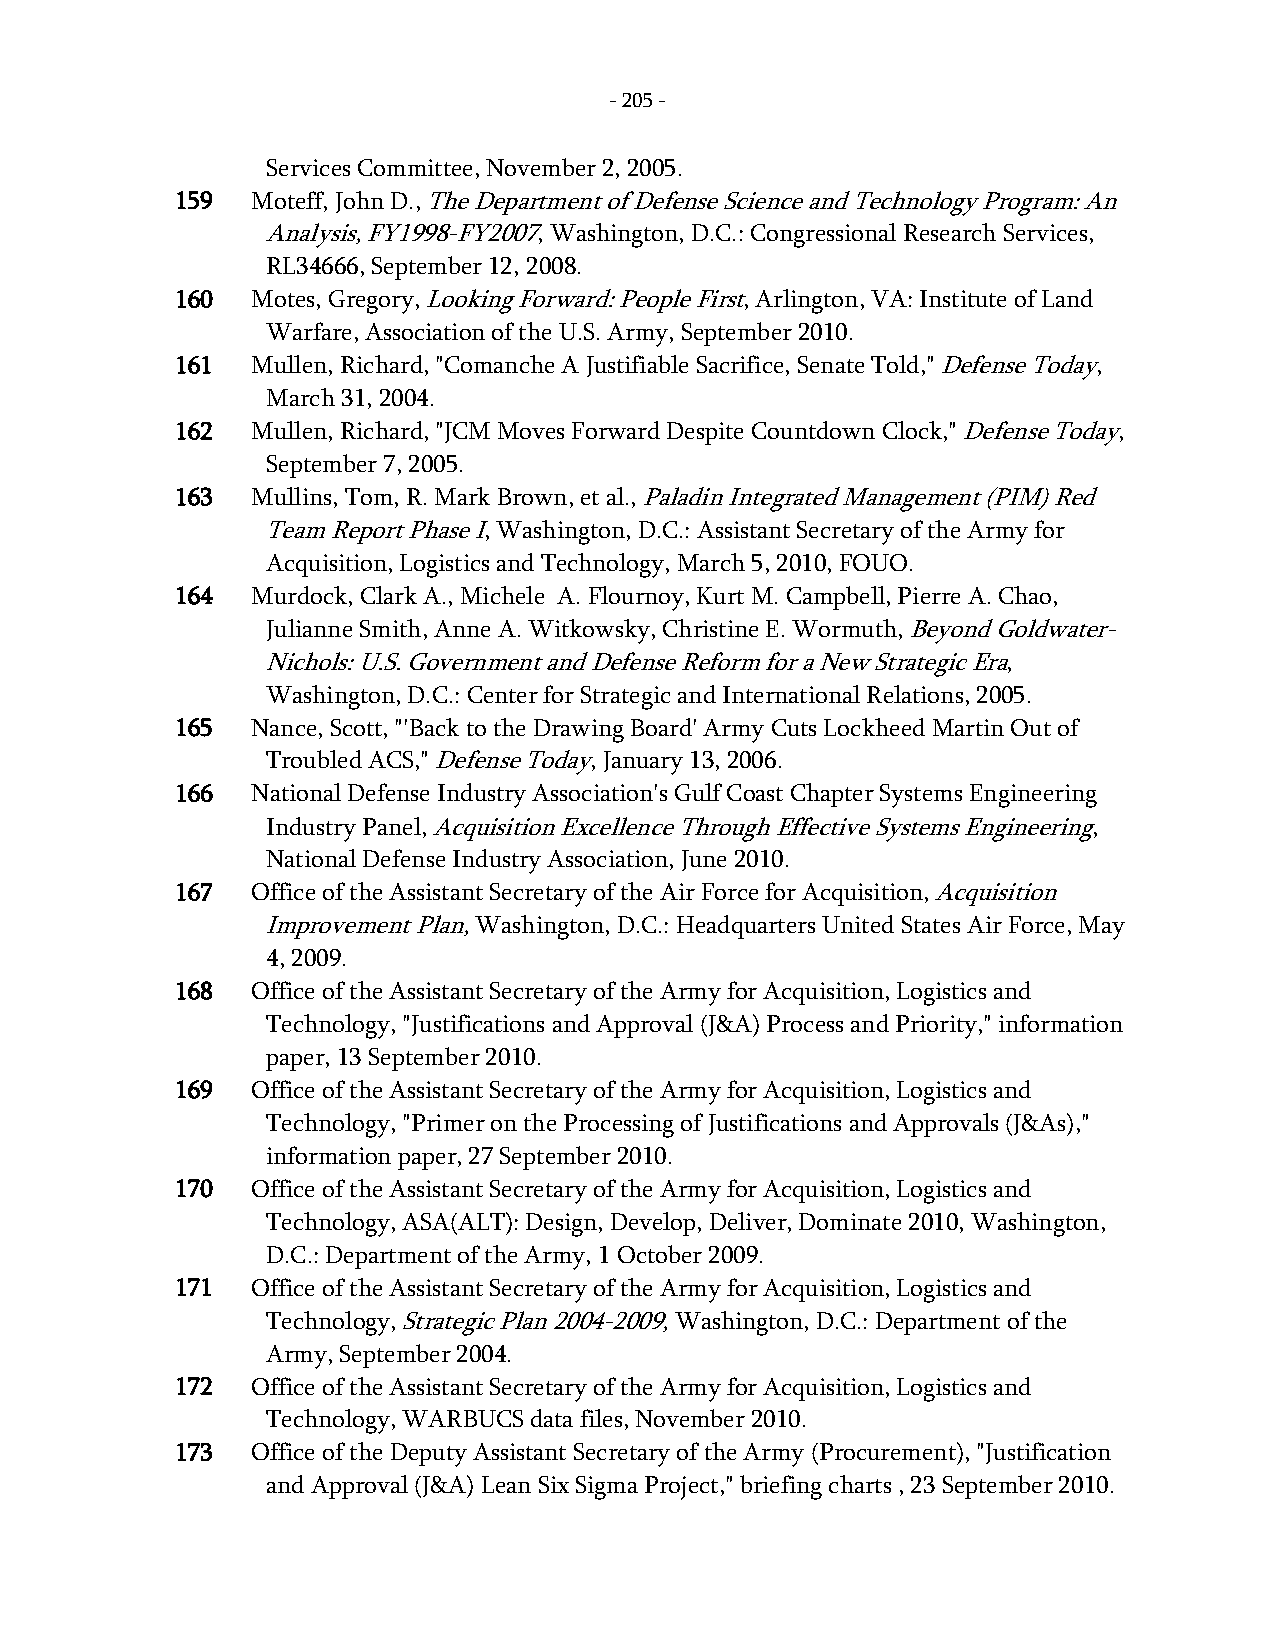
- 205 -
 Services Committee, November 2, 2005.
 159  Moteff, John D., The Department of Defense Science and Technology Program: An
 Analysis, FY1998-FY2007, Washington, D.C.: Congressional Research Services,
 RL34666, September 12, 2008.
 160  Motes, Gregory, Looking Forward: People First, Arlington, VA: Institute of Land
 Warfare, Association of the U.S. Army, September 2010.
 161  Mullen, Richard, "Comanche A Justifiable Sacrifice, Senate Told," Defense Today,
 March 31, 2004.
 162  Mullen, Richard, "JCM Moves Forward Despite Countdown Clock," Defense Today,
 September 7, 2005.
 163  Mullins, Tom, R. Mark Brown, et al., Paladin Integrated Management (PIM) Red
 Team Report Phase I, Washington, D.C.: Assistant Secretary of the Army for
 Acquisition, Logistics and Technology, March 5, 2010, FOUO.
 164  Murdock, Clark A., Michele A. Flournoy, Kurt M. Campbell, Pierre A. Chao,
 Julianne Smith, Anne A. Witkowsky, Christine E. Wormuth, Beyond Goldwater-
 Nichols: U.S. Government and Defense Reform for a New Strategic Era,
 Washington, D.C.: Center for Strategic and International Relations, 2005.
 165  Nance, Scott, "'Back to the Drawing Board' Army Cuts Lockheed Martin Out of
 Troubled ACS," Defense Today, January 13, 2006.
 166  National Defense Industry Association's Gulf Coast Chapter Systems Engineering
 Industry Panel, Acquisition Excellence Through Effective Systems Engineering,
 National Defense Industry Association, June 2010.
 167  Office of the Assistant Secretary of the Air Force for Acquisition, Acquisition
 Improvement Plan, Washington, D.C.: Headquarters United States Air Force, May
 4, 2009.
 168  Office of the Assistant Secretary of the Army for Acquisition, Logistics and
 Technology, "Justifications and Approval (J&A) Process and Priority," information
 paper, 13 September 2010.
 169  Office of the Assistant Secretary of the Army for Acquisition, Logistics and
 Technology, "Primer on the Processing of Justifications and Approvals (J&As),"
 information paper, 27 September 2010.
 170  Office of the Assistant Secretary of the Army for Acquisition, Logistics and
 Technology, ASA(ALT): Design, Develop, Deliver, Dominate 2010, Washington,
 D.C.: Department of the Army, 1 October 2009.
 171  Office of the Assistant Secretary of the Army for Acquisition, Logistics and
 Technology, Strategic Plan 2004-2009, Washington, D.C.: Department of the
 Army, September 2004.
 172  Office of the Assistant Secretary of the Army for Acquisition, Logistics and
 Technology, WARBUCS data files, November 2010.
 173  Office of the Deputy Assistant Secretary of the Army (Procurement), "Justification
 and Approval (J&A) Lean Six Sigma Project," briefing charts , 23 September 2010.
 -
 205
 -